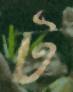
ট